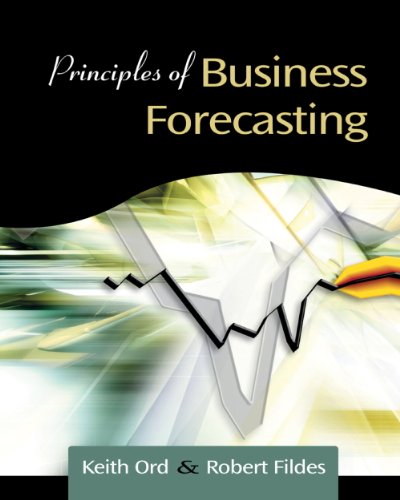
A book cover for Principles of Business Forecasting; Keith Ord; Business & Money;